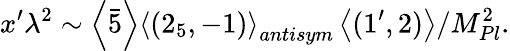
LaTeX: x^{\prime}\lambda^{2}\sim\left\langle\bar{5}\right\rangle\left\langle(2_{5},-1)\right\rangle_{antisym}\left\langle(1^{\prime},2)\right\rangle/M_{Pl}^{2}.